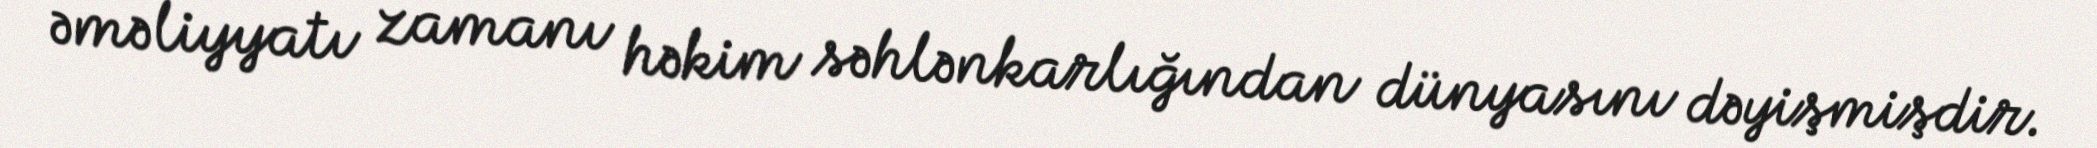
əməliyyatı zamanı həkim səhlənkarlığından dünyasını dəyişmişdir.